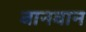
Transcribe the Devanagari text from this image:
बानवान